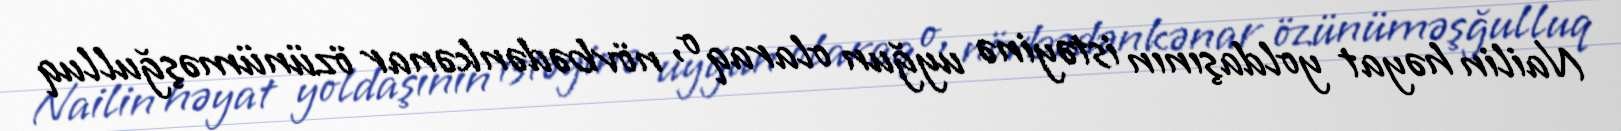
Nailin həyat yoldaşının istəyinə uyğun olaraq o, növbədənkənar özünüməşğulluq